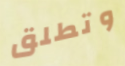
وتطلق